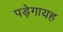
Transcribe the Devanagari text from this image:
पड़ेगायह